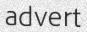
advert